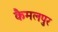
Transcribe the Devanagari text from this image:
कैमलपुर